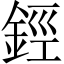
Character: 鋞